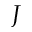
J